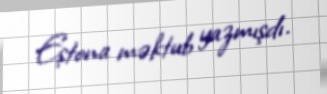
Eştona məktub yazmışdı.